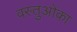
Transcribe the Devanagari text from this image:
वस्तुओंका